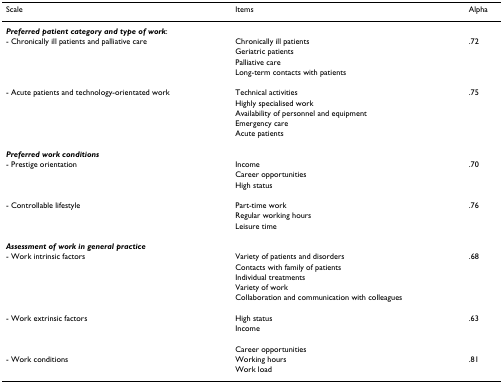
| Scale | Items | Alpha |
 | --- | --- | --- |
 | <COLSPAN=3> Preferred patient category and type of work: |
 | - Chronically ill patients and palliative care | Chronically ill patients | .72 |
 |  | Geriatric patients |  |
 |  | Palliative care |  |
 |  | Long-term contacts with patients |  |
 | - Acute patients and technology-orientated work | Technical activities | .75 |
 |  | Highly specialised work |  |
 |  | Availability of personnel and equipment |  |
 |  | Emergency care |  |
 |  | Acute patients |  |
 | <COLSPAN=3> Preferred work conditions |
 | - Prestige orientation | Income | .70 |
 |  | Career opportunities |  |
 |  | High status |  |
 | - Controllable lifestyle | Part-time work | .76 |
 |  | Regular working hours |  |
 |  | Leisure time |  |
 | <COLSPAN=3> Assessment of work in general practice |
 | - Work intrinsic factors | Variety of patients and disorders | .68 |
 |  | Contacts with family of patients |  |
 |  | Individual treatments |  |
 |  | Variety of work |  |
 |  | Collaboration and communication with colleagues |  |
 | - Work extrinsic factors | High status | .63 |
 |  | Income |  |
 |  | Career opportunities |  |
 | - Work conditions | Working hours | .81 |
 |  | Work load |  |